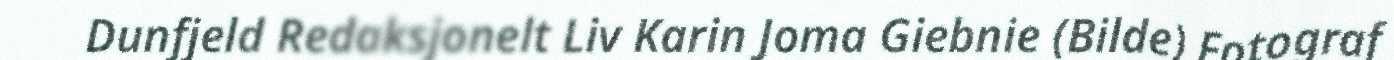
Dunfjeld Redaksjonelt Liv Karin Joma Giebnie (Bilde) Fotograf